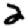
Digit: 2